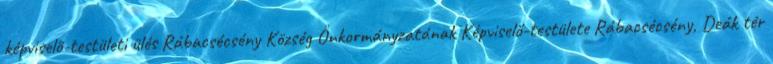
képviselő-testületi ülés Rábacsécsény Község Önkormányzatának Képviselő-testülete Rábacsécsény, Deák tér